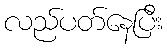
လည်ပတ်နေပြီး